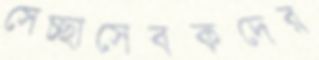
সেচ্ছাসেবকদের